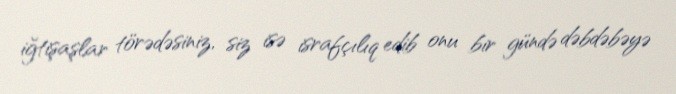
iğtişaşlar törədəsiniz, siz isə israfçılıq edib onu bir gündə dəbdəbəyə